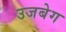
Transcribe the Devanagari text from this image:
उजबेग